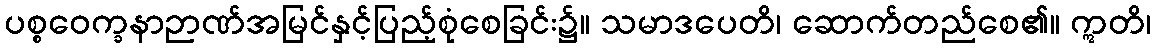
ပစ္စဝေက္ခနာဉာဏ်အမြင်နှင့်ပြည့်စုံစေခြင်း၌။ သမာဒပေတိ၊ ဆောက်တည်စေ၏။ ဣတိ၊